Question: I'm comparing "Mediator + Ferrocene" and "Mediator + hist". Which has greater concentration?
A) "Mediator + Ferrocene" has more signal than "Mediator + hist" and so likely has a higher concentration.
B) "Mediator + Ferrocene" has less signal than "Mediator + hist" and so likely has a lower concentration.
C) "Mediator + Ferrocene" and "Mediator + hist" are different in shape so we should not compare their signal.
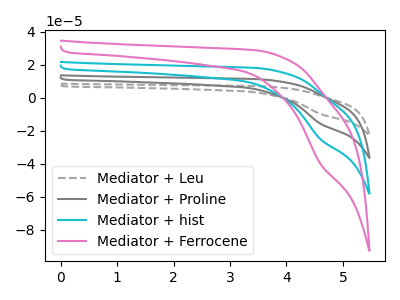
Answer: <think>The gray dashed curve "Mediator + Leu" has a cathodic peak at: (4.60V, -75.20uA). The gray curve "Mediator + Proline" has a cathodic peak at: (4.60V, -50.10uA). The cyan curve "Mediator + hist" has a cathodic peak at: (4.60V, -25.05uA). The pink curve "Mediator + Ferrocene" has a cathodic peak at: (4.60V, -40.00uA).
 All the peaks in "Mediator + Ferrocene" have a peak in "Mediator + hist" at the same potential. Every peak in "Mediator + Ferrocene" is higher than every peak in "Mediator + hist".</think>
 <answer>A) "Mediator + Ferrocene" has more signal than "Mediator + hist" and so likely has a higher concentration.</answer>
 <eval>A</eval>